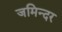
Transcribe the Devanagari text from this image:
जमिन्दर